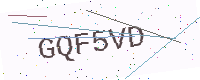
Text: GQF5VD